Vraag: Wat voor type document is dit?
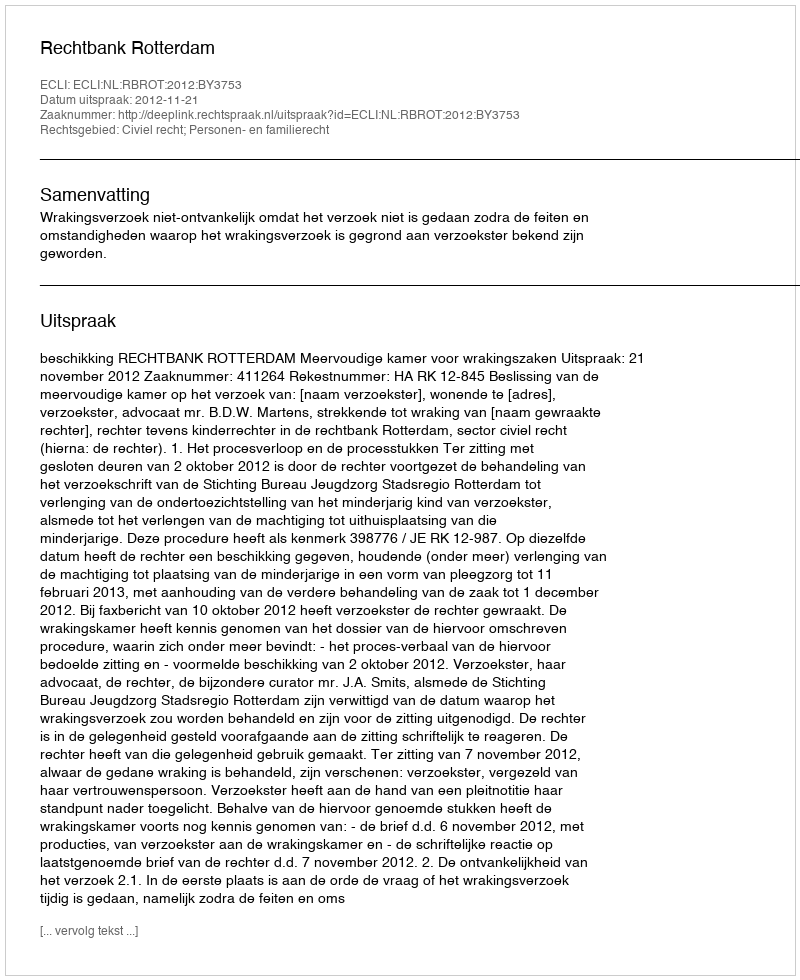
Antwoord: Uitspraak